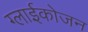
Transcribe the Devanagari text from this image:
ग्लाईकोजन